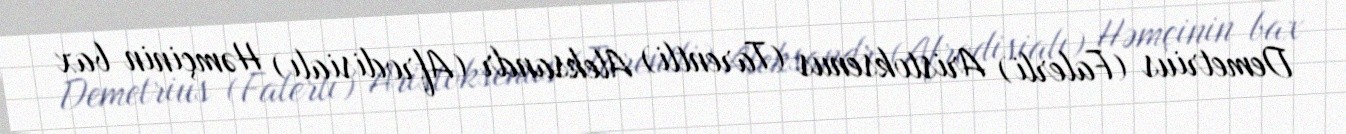
Demetrius (Falerli) Aristoksenus (Tarentli) Aleksandr (Afrodisialı) Həmçinin bax